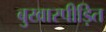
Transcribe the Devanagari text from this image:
बुखारपीड़ित